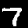
Digit: 7